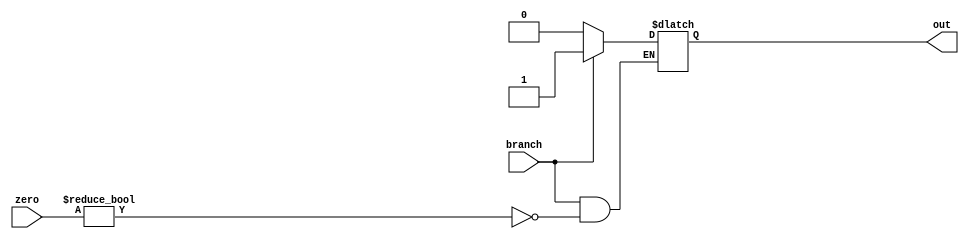
// For flush 

module flush( branch, zero, out);

	input branch;
	input [1:0] zero;
	output reg out;
	
	initial begin
		out <= 0;
		end

	always @ (*) begin

		if( branch) begin
			if(zero != 00) begin
				out <= 1;
				end
			end
		else begin
				out <= 0;
			 end

	end
endmodule